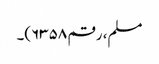
مسلم، رقم ۶۳۵۸)۔